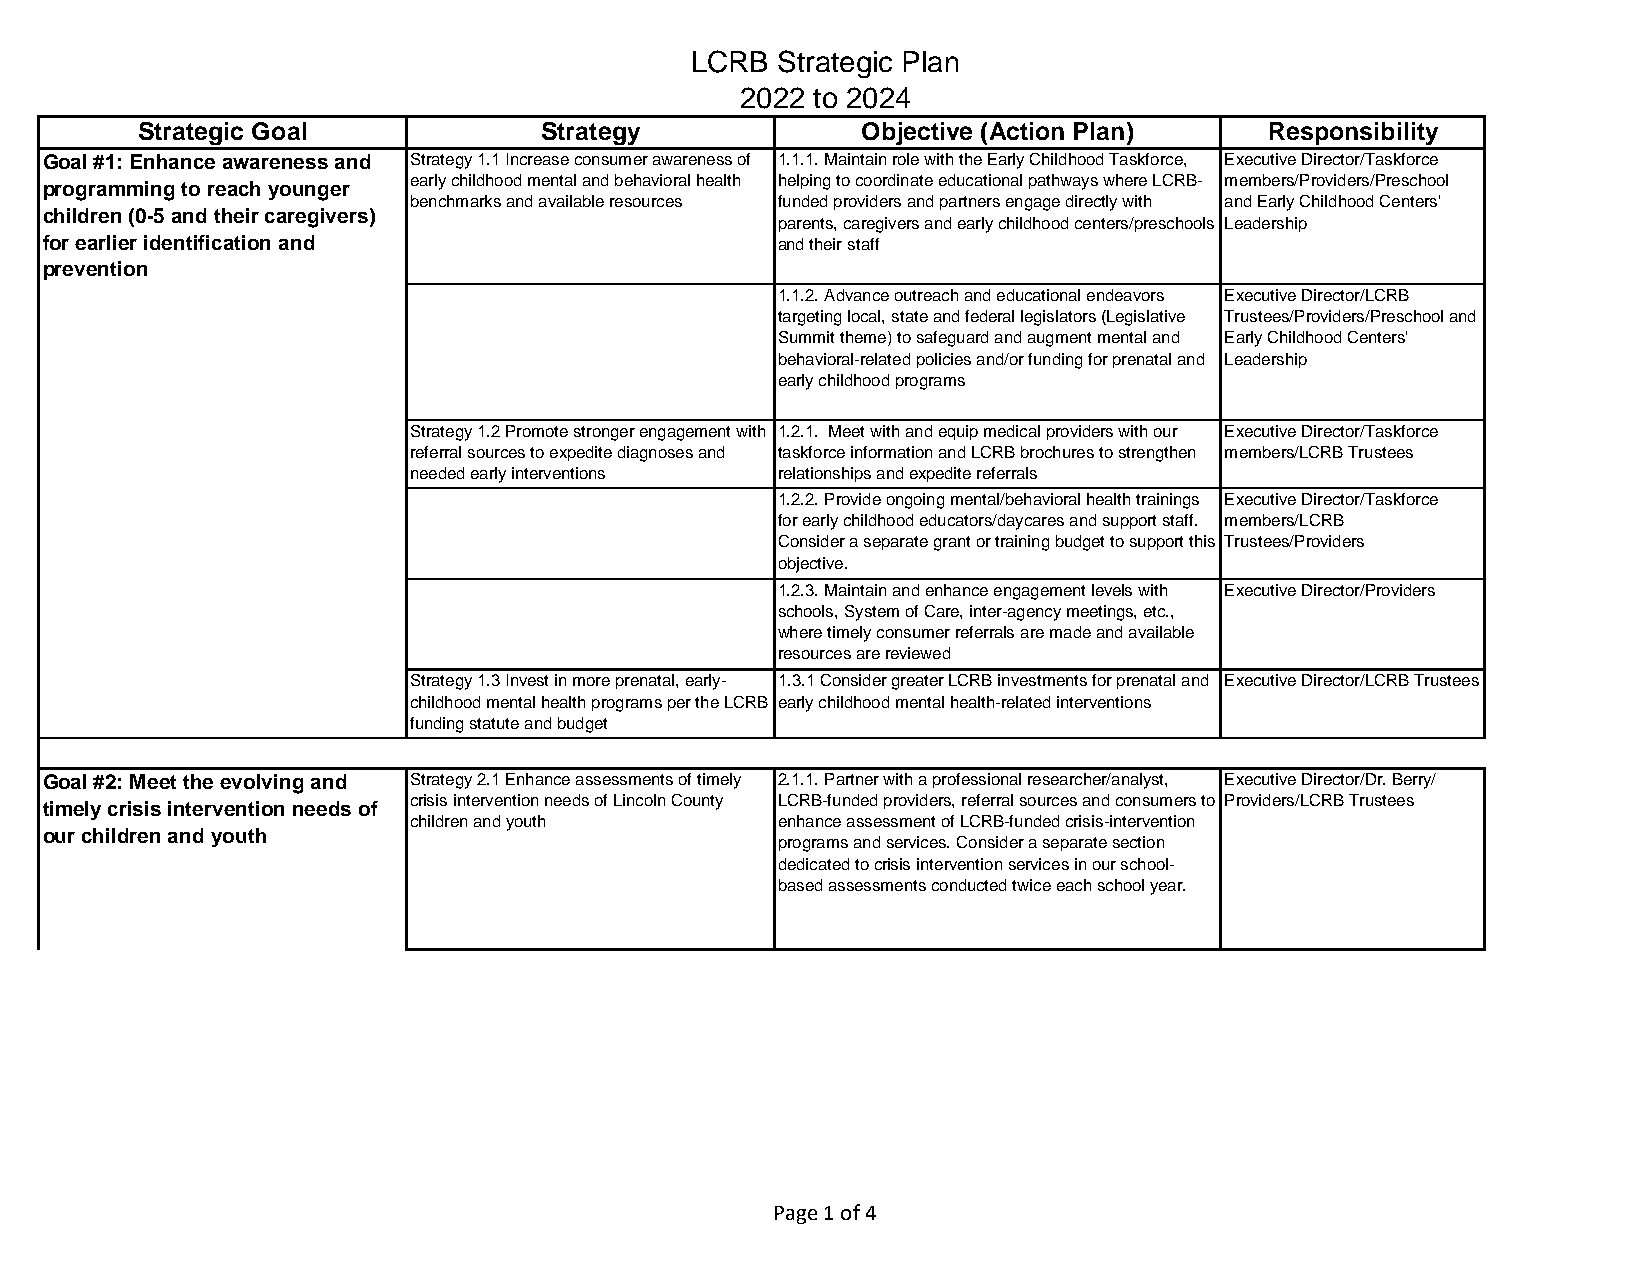
LCRB Strategic Plan
 2022 to 2024
 Strategic Goal             Strategy             Objective (Action Plan)    Responsibility
 Goal #1: Enhance awareness and Strategy 1.1 Increase consumer awareness of 1.1.1. Maintain role with the Early Childhood Taskforce, Executive Director/Taskforce
 early childhood mental and behavioral health helping to coordinate educational pathways where LCRB- members/Providers/Preschool
 programming to reach younger
 benchmarks and available resources funded providers and partners engage directly with and Early Childhood Centers'
 children (0-5 and their caregivers)
 parents, caregivers and early childhood centers/preschools Leadership
 for earlier identification and                  and their staff
 prevention
 1.1.2. Advance outreach and educational endeavors Executive Director/LCRB
 targeting local, state and federal legislators (Legislative Trustees/Providers/Preschool and
 Summit theme) to safeguard and augment mental and Early Childhood Centers'
 behavioral-related policies and/or funding for prenatal and Leadership
 early childhood programs
 Strategy 1.2 Promote stronger engagement with 1.2.1. Meet with and equip medical providers with our Executive Director/Taskforce
 referral sources to expedite diagnoses and taskforce information and LCRB brochures to strengthen members/LCRB Trustees
 needed early interventions relationships and expedite referrals
 1.2.2. Provide ongoing mental/behavioral health trainings Executive Director/Taskforce
 for early childhood educators/daycares and support staff. members/LCRB
 Consider a separate grant or training budget to support this Trustees/Providers
 objective.
 1.2.3. Maintain and enhance engagement levels with Executive Director/Providers
 schools, System of Care, inter-agency meetings, etc.,
 where timely consumer referrals are made and available
 resources are reviewed
 Strategy 1.3 Invest in more prenatal, early- 1.3.1 Consider greater LCRB investments for prenatal and Executive Director/LCRB Trustees
 childhood mental health programs per the LCRB early childhood mental health-related interventions
 funding statute and budget
 Goal #2: Meet the evolving and Strategy 2.1 Enhance assessments of timely 2.1.1. Partner with a professional researcher/analyst, Executive Director/Dr. Berry/
 crisis intervention needs of Lincoln County LCRB-funded providers, referral sources and consumers to Providers/LCRB Trustees
 timely crisis intervention needs of
 children and youth      enhance assessment of LCRB-funded crisis-intervention
 our children and youth
 programs and services. Consider a separate section
 dedicated to crisis intervention services in our school-
 based assessments conducted twice each school year.
 Page 1 of 4